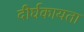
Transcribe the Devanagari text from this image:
दीर्घकायता